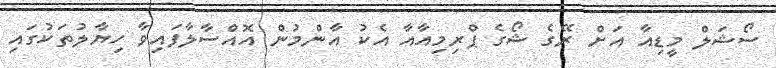
ސޯޝަލް މީޑިއާ އަށް ރޭގެ ޝޯގެ ޕްރިމިއާއާ އެކު އާންމުން އޮއްސާލާފައިވާ ހިޔާލުތަކުގައި